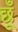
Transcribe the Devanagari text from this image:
छूँ